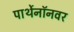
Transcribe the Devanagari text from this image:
पार्थेनॉनवर